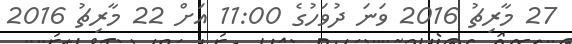
27 މާރިޗު 2016 ވަނަ ދުވަހުގެ 11:00 އަށް 22 މާރިޗު 2016